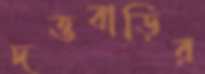
দত্তবাড়ির